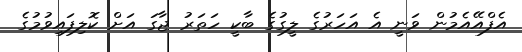
އެފްއޭއެމުން ވަނީ އެ އަހަރުގެ ލީގުގެ ބާކީ ހަތަރު ޖާގަ އަށް ކޮލިފައިވުމުގެ